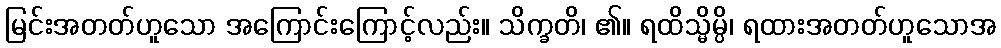
မြင်းအတတ်ဟူသော အကြောင်းကြောင့်လည်း။ သိက္ခတိ၊ ၏။ ရထိသ္မိမ္ပိ၊ ရထားအတတ်ဟူသောအ